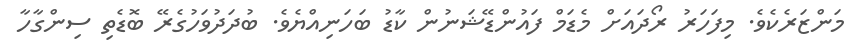
މަންޒަރެކެވެ. މިފަހަރު ރޯދައަށް މެޑަމް ފައުންޑޭޝަނުން ކާޑު ބަހަނިއްޔެވެ. ބުދަދުވަހުގެރޭ ބޮޑެތި ސިންގާހާ